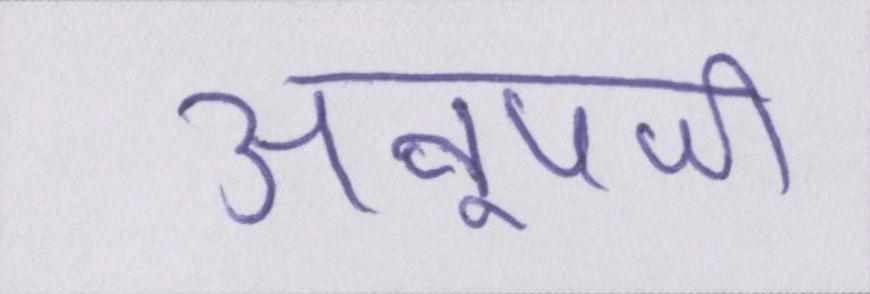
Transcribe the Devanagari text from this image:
अनूपजी